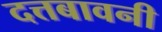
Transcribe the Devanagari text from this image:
दत्तबावनी